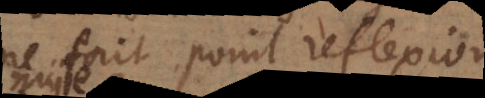
fait point reflexion